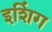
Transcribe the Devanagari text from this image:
इशिंग